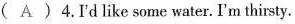
( A )4.Id like some water. I'm thirsty.